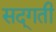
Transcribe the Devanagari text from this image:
सद्‌गती